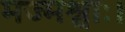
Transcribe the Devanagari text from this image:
मज्मश्वाः।